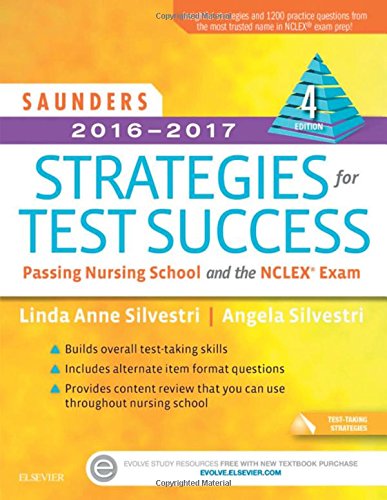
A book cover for Saunders 2016-2017 Strategies for Test Success: Passing Nursing School and the NCLEX Exam, 4e; Linda Anne Silvestri PhD  RN; Test Preparation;